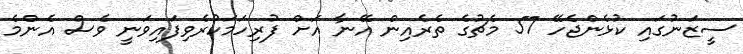
ސީޒަނުގައި ކުޅެންޖެހޭ 57 މެޗުގެ ތެރެއިން އޭނާ އަށް ފުރިހަމަކުރެވިފައިވަނީ ވެސް އެންމެ